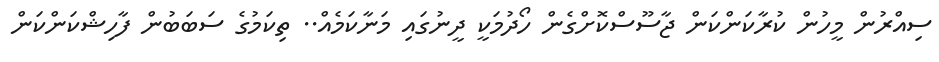
ސިއްރުން މީހުން ކުރާކަންކަން ޖާސޫސްކޮށްގެން ހޯދުމަކީ ދީނުގައި މަނާކަމެއް.. ތިކަމުގެ ސަބަބުން ފާހިޝްކަންކަން